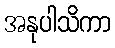
အနုပါသိကာ